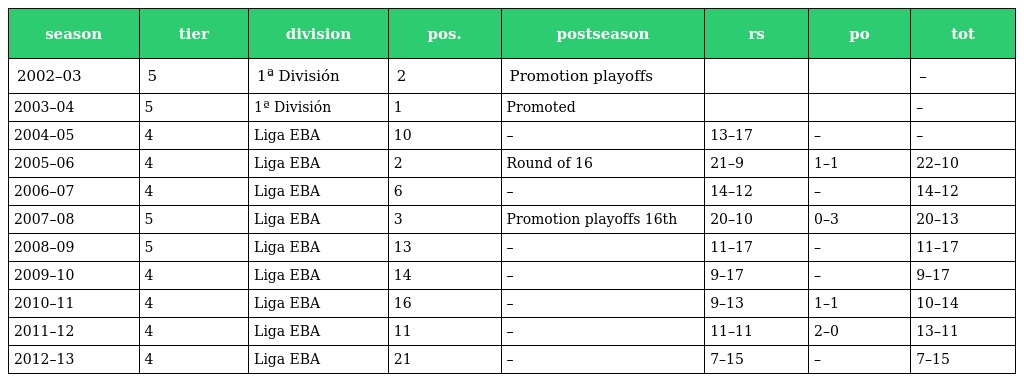
| season | tier | division | pos. | postseason | rs | po | tot |
 | --- | --- | --- | --- | --- | --- | --- | --- |
 | 2002–03 | 5 | 1ª División | 2 | Promotion playoffs |  |  | – |
 | 2003–04 | 5 | 1ª División | 1 | Promoted |  |  | – |
 | 2004–05 | 4 | Liga EBA | 10 | – | 13–17 | – | – |
 | 2005–06 | 4 | Liga EBA | 2 | Round of 16 | 21–9 | 1–1 | 22–10 |
 | 2006–07 | 4 | Liga EBA | 6 | – | 14–12 | – | 14–12 |
 | 2007–08 | 5 | Liga EBA | 3 | Promotion playoffs 16th | 20–10 | 0–3 | 20–13 |
 | 2008–09 | 5 | Liga EBA | 13 | – | 11–17 | – | 11–17 |
 | 2009–10 | 4 | Liga EBA | 14 | – | 9–17 | – | 9–17 |
 | 2010–11 | 4 | Liga EBA | 16 | – | 9–13 | 1–1 | 10–14 |
 | 2011–12 | 4 | Liga EBA | 11 | – | 11–11 | 2–0 | 13–11 |
 | 2012–13 | 4 | Liga EBA | 21 | – | 7–15 | – | 7–15 |